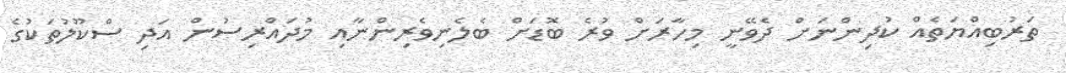
ތަރުބިއްޔަތެއް ކުދިންނަށް ދެވޭނީ މިހާރަށް ވުރެ ބޮޑަށް ބެލެނިވެރިންނާއި މުދައްރިސުން އަދި ސްކޫލުތަކުގެ